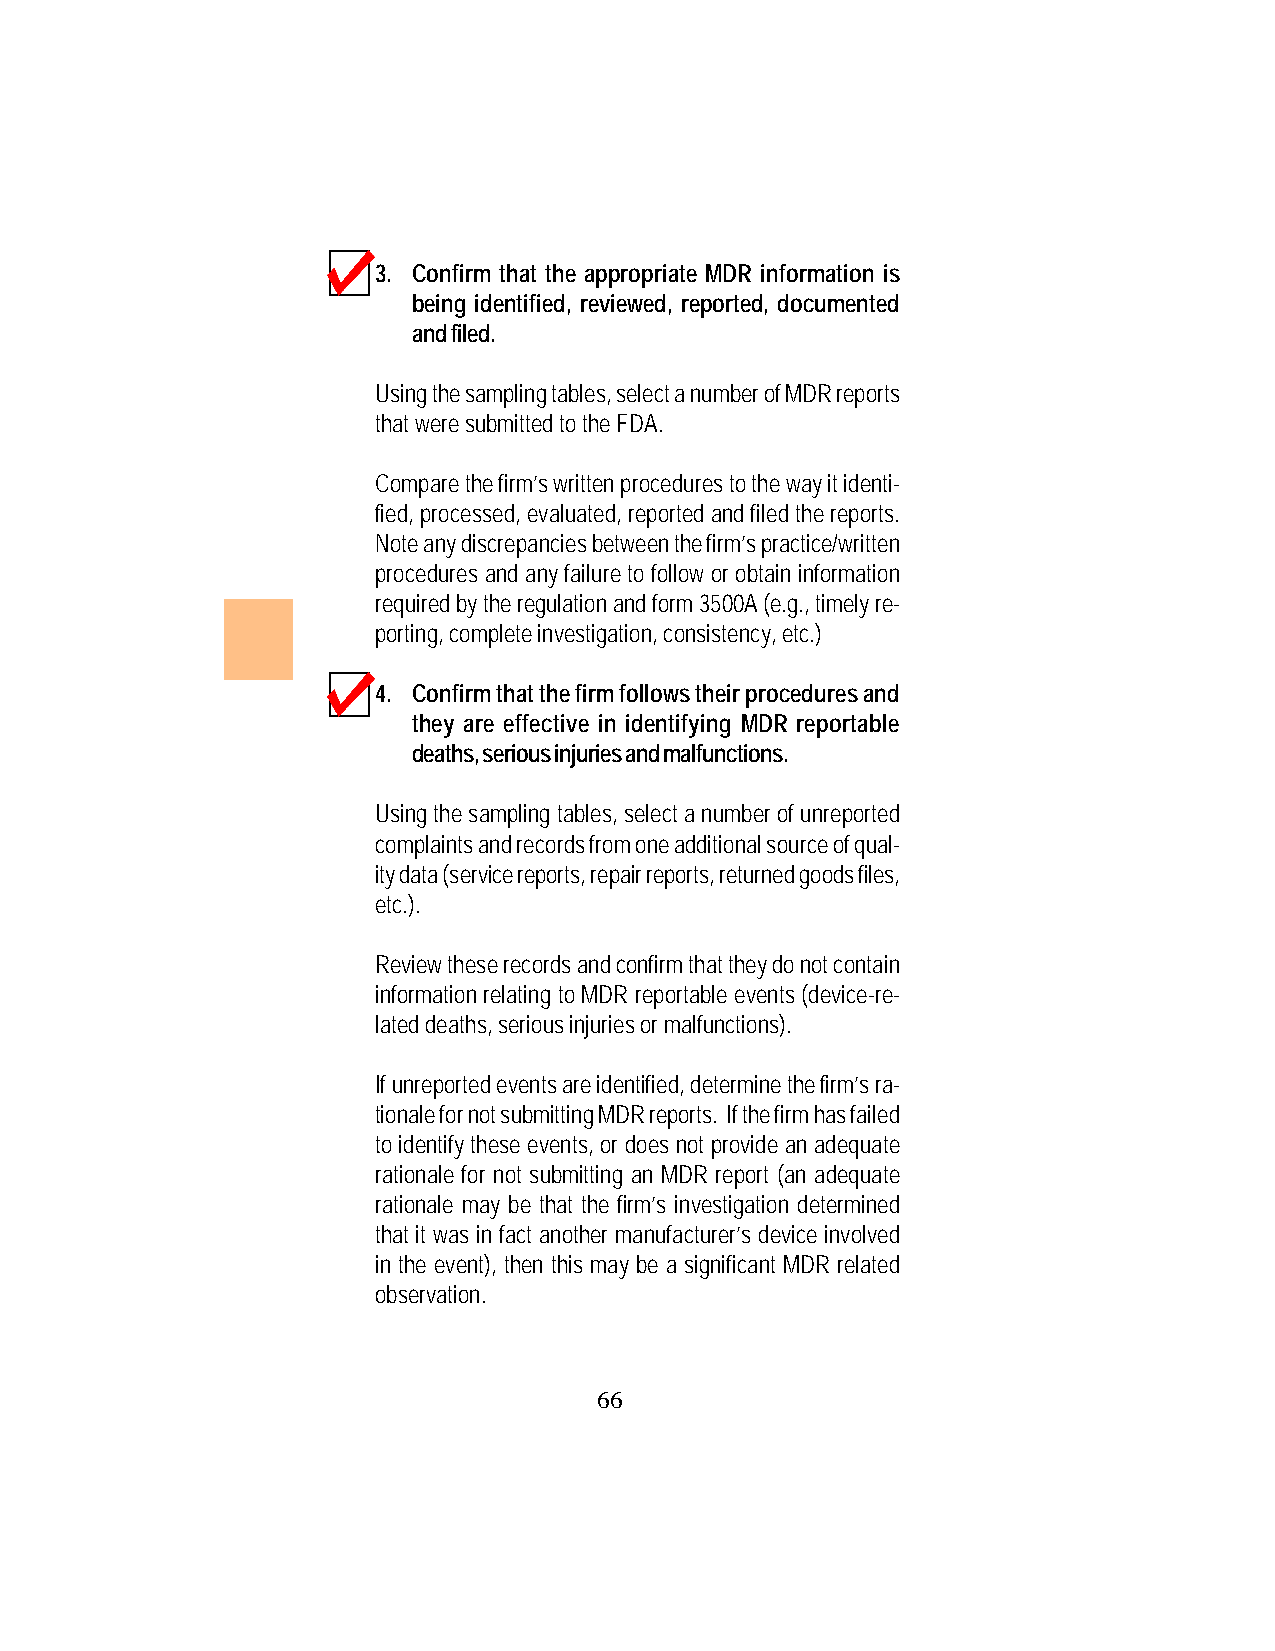
3. Confirm that the appropriate MDR information is
 being identified, reviewed, reported, documented
 and filed.
 Using the sampling tables, select a number of MDR reports
 that were submitted to the FDA.
 Compare the firm’s written procedures to the way it identi-
 fied, processed, evaluated, reported and filed the reports.
 Note any discrepancies between the firm’s practice/written
 procedures and any failure to follow or obtain information
 required by the regulation and form 3500A (e.g., timely re-
 porting, complete investigation, consistency, etc.)
 4. Confirm that the firm follows their procedures and
 they are effective in identifying MDR reportable
 deaths, serious injuries and malfunctions.
 Using the sampling tables, select a number of unreported
 complaints and records from one additional source of qual-
 ity data (service reports, repair reports, returned goods files,
 etc.).
 Review these records and confirm that they do not contain
 information relating to MDR reportable events (device-re-
 lated deaths, serious injuries or malfunctions).
 If unreported events are identified, determine the firm’s ra-
 tionale for not submitting MDR reports. If the firm has failed
 to identify these events, or does not provide an adequate
 rationale for not submitting an MDR report (an adequate
 rationale may be that the firm’s investigation determined
 that it was in fact another manufacturer’s device involved
 in the event), then this may be a significant MDR related
 observation.
 66